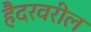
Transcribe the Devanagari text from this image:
हैदरवरील